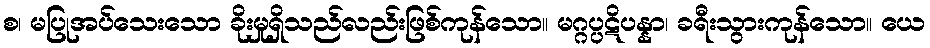
စ၊ မပြုအပ်သေးသော ခိုးမှုရှိသည်လည်းဖြစ်ကုန်သော။ မဂ္ဂပ္ပဋိပန္နာ၊ ခရီးသွားကုန်သော။ ယေ